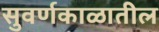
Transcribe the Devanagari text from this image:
सुवर्णकाळातील